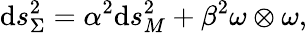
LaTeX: \mathrm{d}s_{\Sigma}^{2}=\alpha^{2}{\mathrm{d}s_{M}^{2}}+\beta^{2}\omega\otimes\omega,